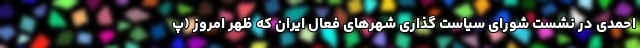
احمدی در نشست شورای سیاست گذاری شهرهای فعال ایران که ظهر امروز (پ